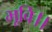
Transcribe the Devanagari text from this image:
भूवि।।